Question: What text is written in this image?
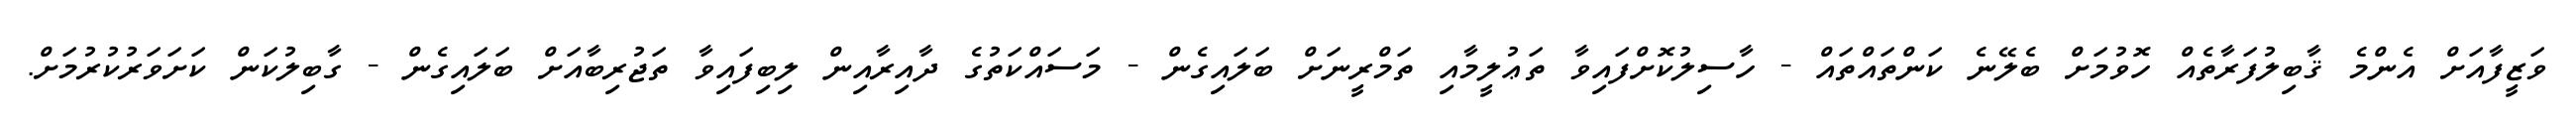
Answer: ވަޒީފާއަށް އެންމެ ޤާބިލުފަރާތެއް ހޮވުމަށް ބެލޭނެ ކަންތައްތައް - ހާސިލުކޮށްފައިވާ ތަޢުލީމާއި ތަމްރީނަށް ބަލައިގެން - މަސައްކަތުގެ ދާއިރާއިން ލިބިފައިވާ ތަޖުރިބާއަށް ބަލައިގެން - ގާބިލުކަން ކަށަވަރުކުރުމަށް.